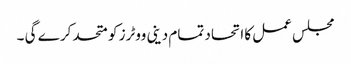
مجلس عمل کا اتحاد تمام دینی ووٹرز کو متحد کر ے گی ۔